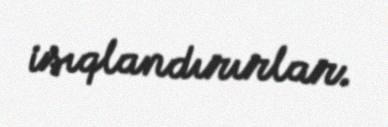
işıqlandırırlar.